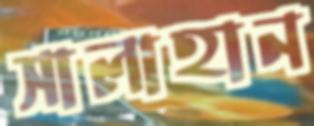
সালাহান